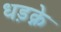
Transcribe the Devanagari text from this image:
धड़क्ने